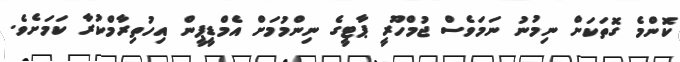
ކޮންމެ ގޮތަކަށް ނިމުނު ނަމަވެސް ޖުމްހޫރީ ޕާޓީގެ ނިންމުމަށް އެމްޑީޕީން އިހުތިރާމްކުރާ ކަމަށެވެ.